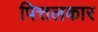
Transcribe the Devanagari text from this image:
पित्तलकार